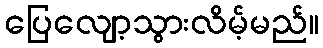
ပြေလျော့သွားလိမ့်မည်။